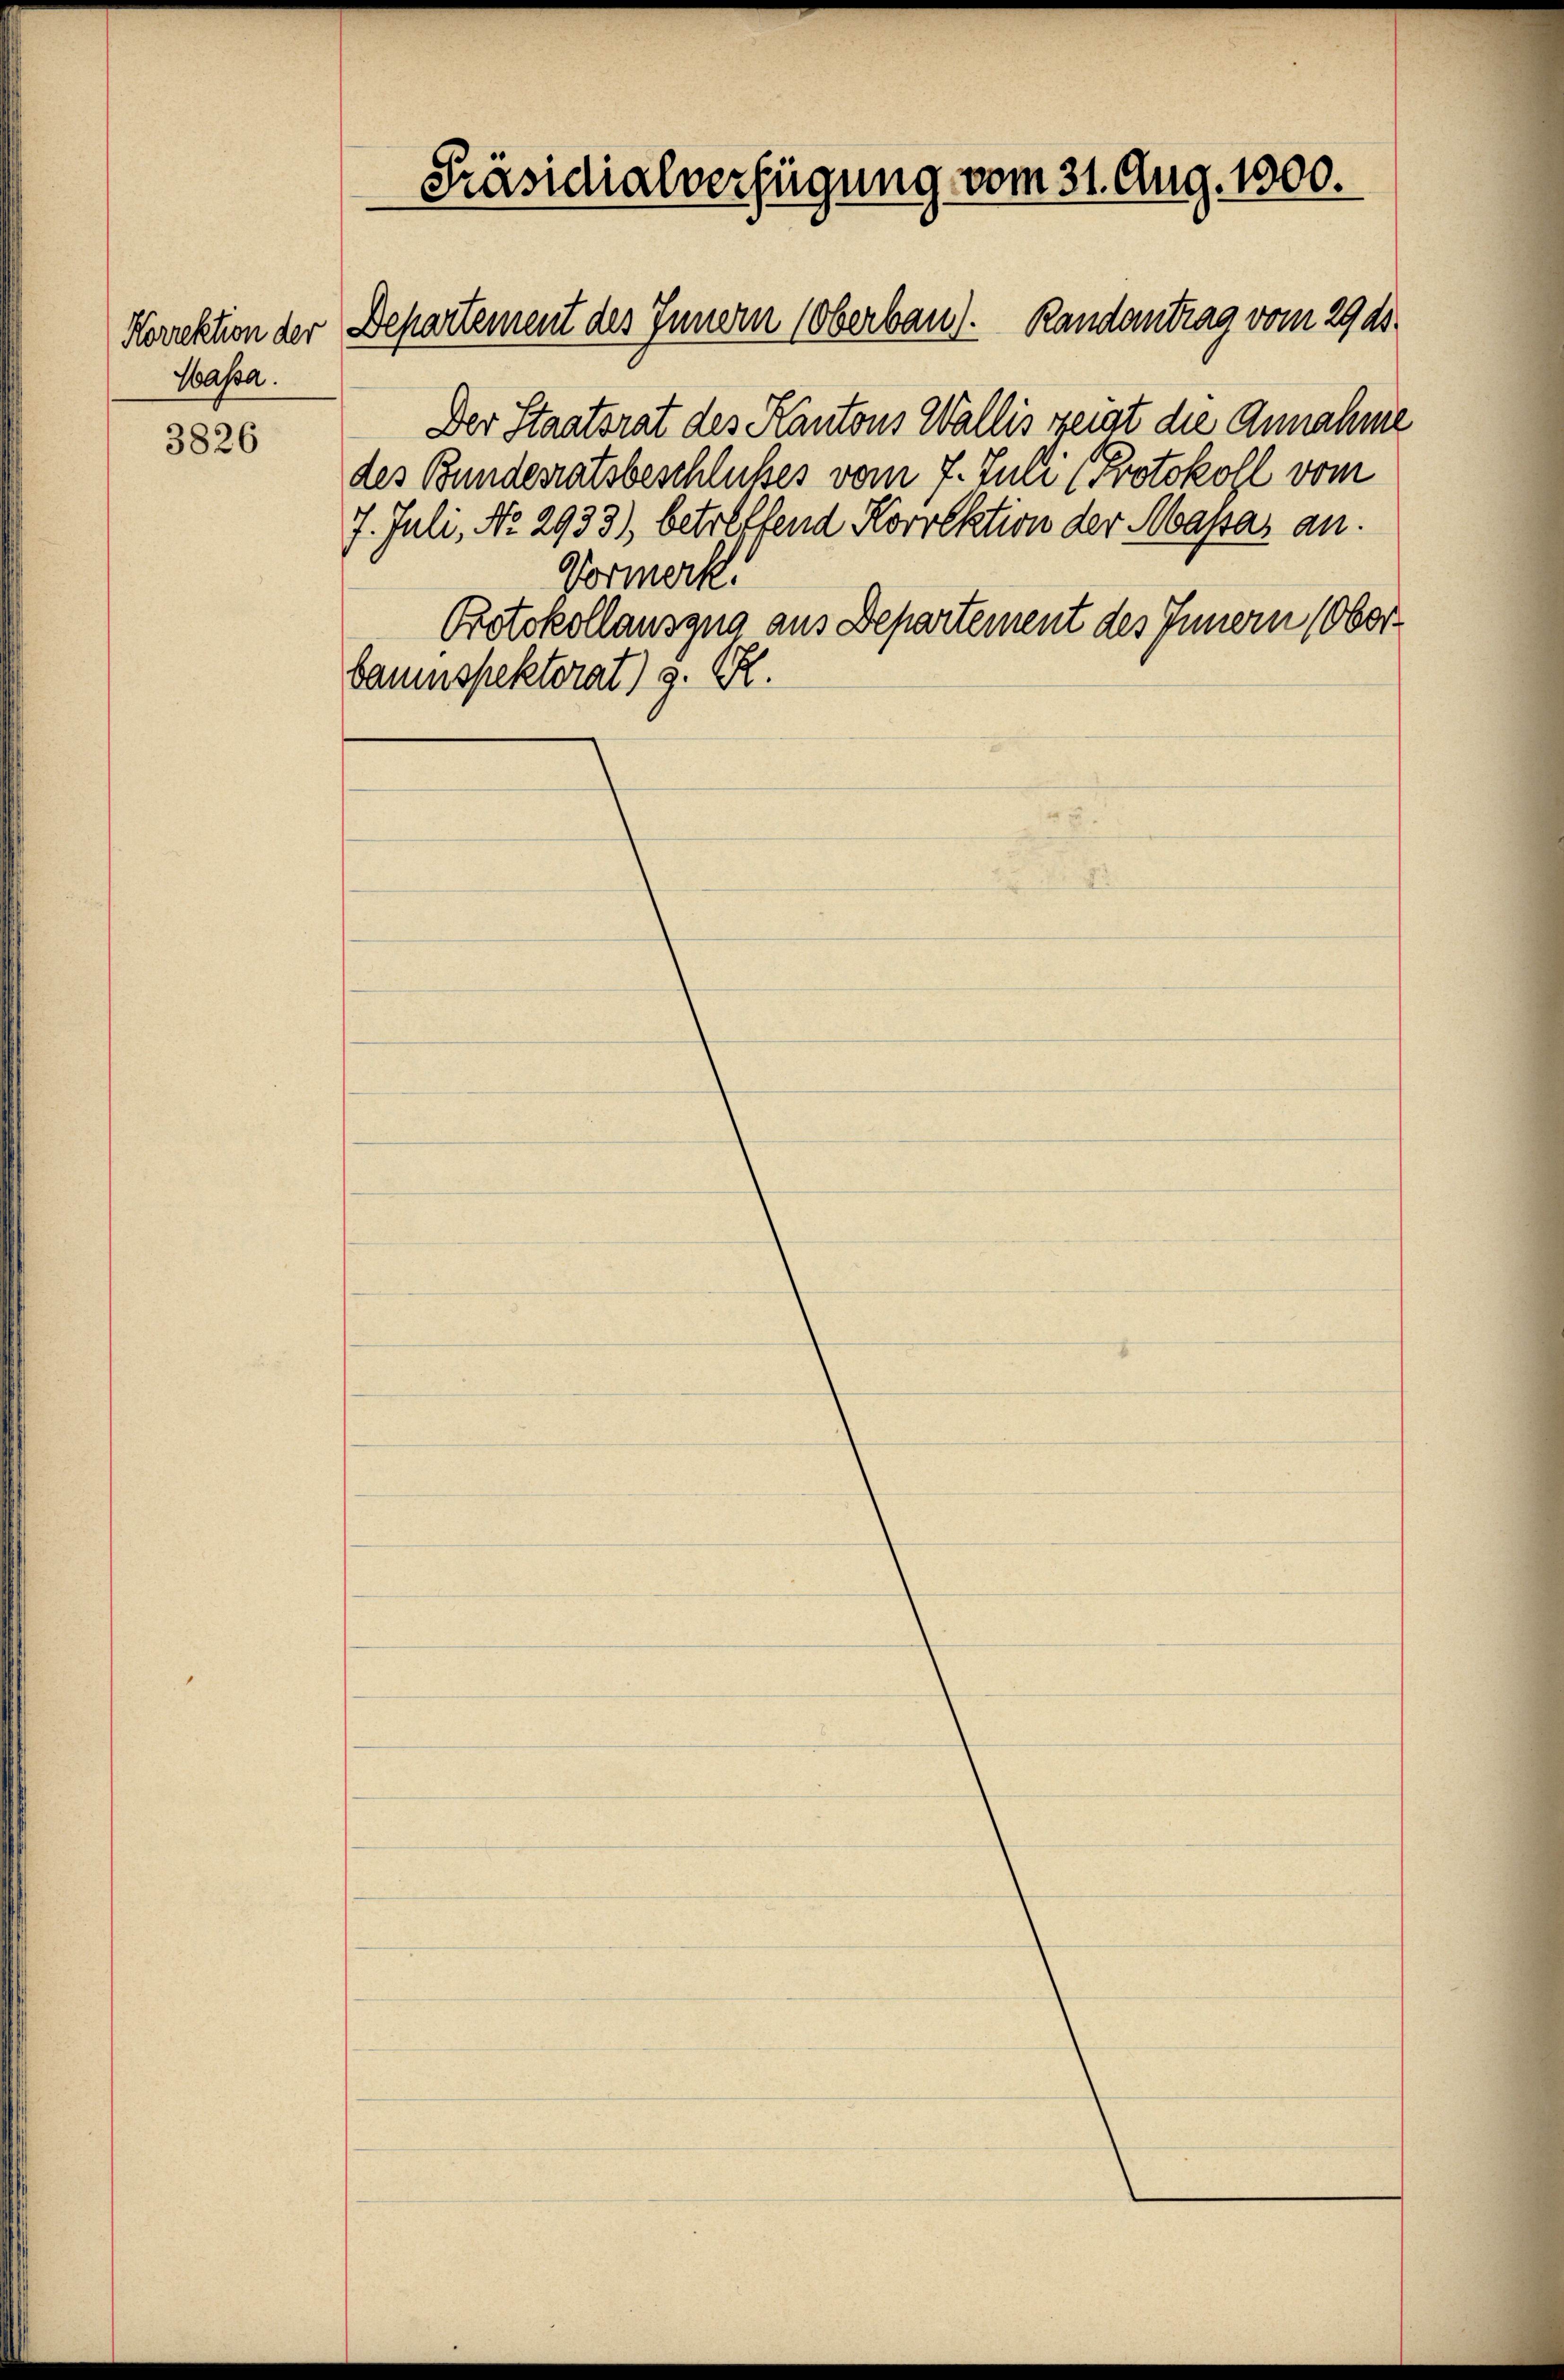
Sassa.

3826

Der Staatsrat des Kantons Wallis zeigt die Annahme
des Bundesratsbeschlußes vom 7. Juli (Protokoll vom
7. Juli, No. 2933), betreffend Korrektion der Massas an.
Vormerk.
Protokollauszug aus Departement des Innern (Oberbaumspektorat) s. RR.

Präsidialverfügung vom 31. Aug. 1500.

Norektion der Departement des Innern (Oberbau). Randantrag vom 29. ds.